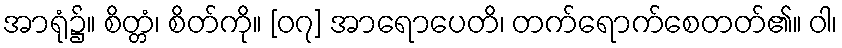
အာရုံ၌။ စိတ္တံ၊ စိတ်ကို။ [၀၇] အာရောပေတိ၊ တက်ရောက်စေတတ်၏။ ဝါ၊